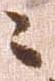
々